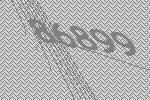
86899